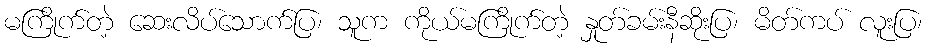
မကြိုက်တဲ့ ဆေးလိပ်သောက်ပြ၊ သူက ကိုယ်မကြိုက်တဲ့ နှုတ်ခမ်းနီဆိုးပြ၊ မိတ်ကပ် လူးပြ၊